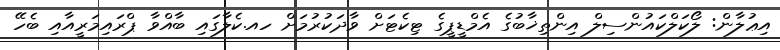
އިޢުލާން: ލޯކަލްކައުންސިލް އިންތިޚާބުގެ އެމްޑީޕީގެ ޓިކެޓަށް ވާދަކުރުމަށް ހއ.ކެލާގައި ބާއްވާ ޕްރައިމަރީއާއި ބެހޭ